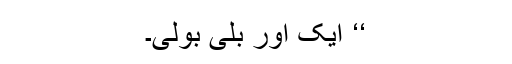
‘‘ ایک اور بلّی بولی۔